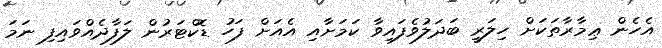
އެހެން ޢިމާރާތަކަށް ހިލަރީ ބަދަލުވެފައިވާ ކަމަށާއި އެއަށް ފަހު ޑޮކްޓަރުން ލަފާދެއްވައިފި ނަމަ